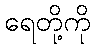
ရေတို့ကို